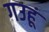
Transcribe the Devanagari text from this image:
गउहूं